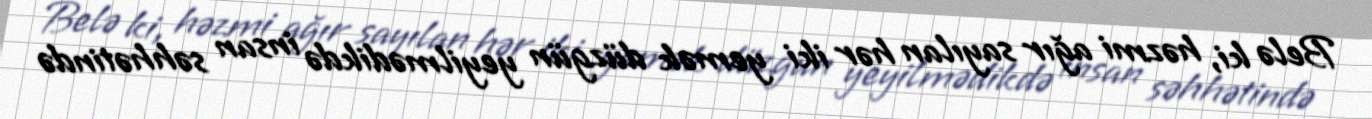
Belə ki, həzmi ağır sayılan hər iki yemək düzgün yeyilmədikdə insan səhhətində